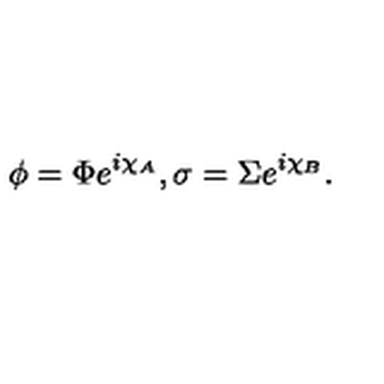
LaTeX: \phi = \Phi e ^ { i \chi _ { A } } , \sigma = \Sigma e ^ { i \chi _ { B } } .